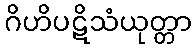
ဂိဟိပဋိသံယုတ္တာ